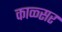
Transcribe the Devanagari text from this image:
काळ्सर